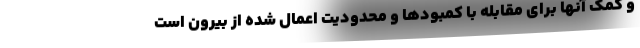
و کمک آنها برای مقابله با کمبودها و محدودیت اعمال شده از بیرون است